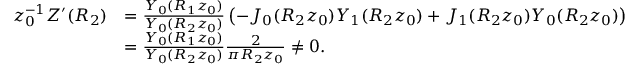
\begin{array} { r l } { z _ { 0 } ^ { - 1 } Z ^ { \prime } ( R _ { 2 } ) } & { = \frac { Y _ { 0 } ( R _ { 1 } z _ { 0 } ) } { Y _ { 0 } ( R _ { 2 } z _ { 0 } ) } \left( - J _ { 0 } ( R _ { 2 } z _ { 0 } ) Y _ { 1 } ( R _ { 2 } z _ { 0 } ) + J _ { 1 } ( R _ { 2 } z _ { 0 } ) Y _ { 0 } ( R _ { 2 } z _ { 0 } ) \right) } \\ & { = \frac { Y _ { 0 } ( R _ { 1 } z _ { 0 } ) } { Y _ { 0 } ( R _ { 2 } z _ { 0 } ) } \frac { 2 } { \pi R _ { 2 } z _ { 0 } } \ne 0 . } \end{array}